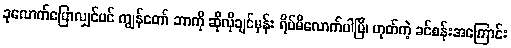
ခုလောက်ပြောလျှင်ပင် ကျွန်တော် ဘာကို ဆိုလိုချင်မှန်း ရိပ်မိလောက်ပါပြီ၊ ဟုတ်ကဲ့ ခင်စန်းအကြောင်း